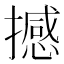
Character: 撼